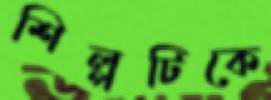
শিল্পটিকে